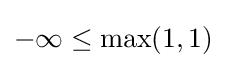
-\infty \leq \max(1,1)